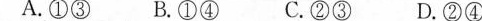
A.①③B.①④ C.②③ D.②④